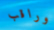
وراقب